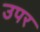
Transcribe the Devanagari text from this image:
उपर